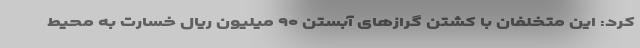
کرد: این متخلفان با کشتن گرازهای آبستن ۹۰ میلیون ریال خسارت به محیط